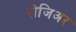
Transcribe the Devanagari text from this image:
रोजिअर